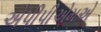
એપીપીએમએ